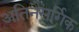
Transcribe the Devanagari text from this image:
अतिनैसर्गिक